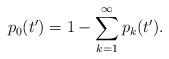
LaTeX: \begin{align*} p_0(t')=1-\sum_{k=1}^{\infty}p_k(t') . \end{align*}